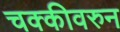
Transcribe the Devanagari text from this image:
चक्कीवरुन